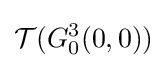
{\mathcal {T}}(G_{0}^{3}(0,0))